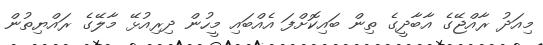
މިއަދު ރާއްޖޭގެ އާބާދީގެ ތިން ބައިކޮށްފަ އެއްބައި މީހުން ދިރިއުޅޭ މާލޭގެ ރައްޔިތުން